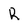
Character: R